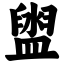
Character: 盥